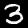
Digit: 3